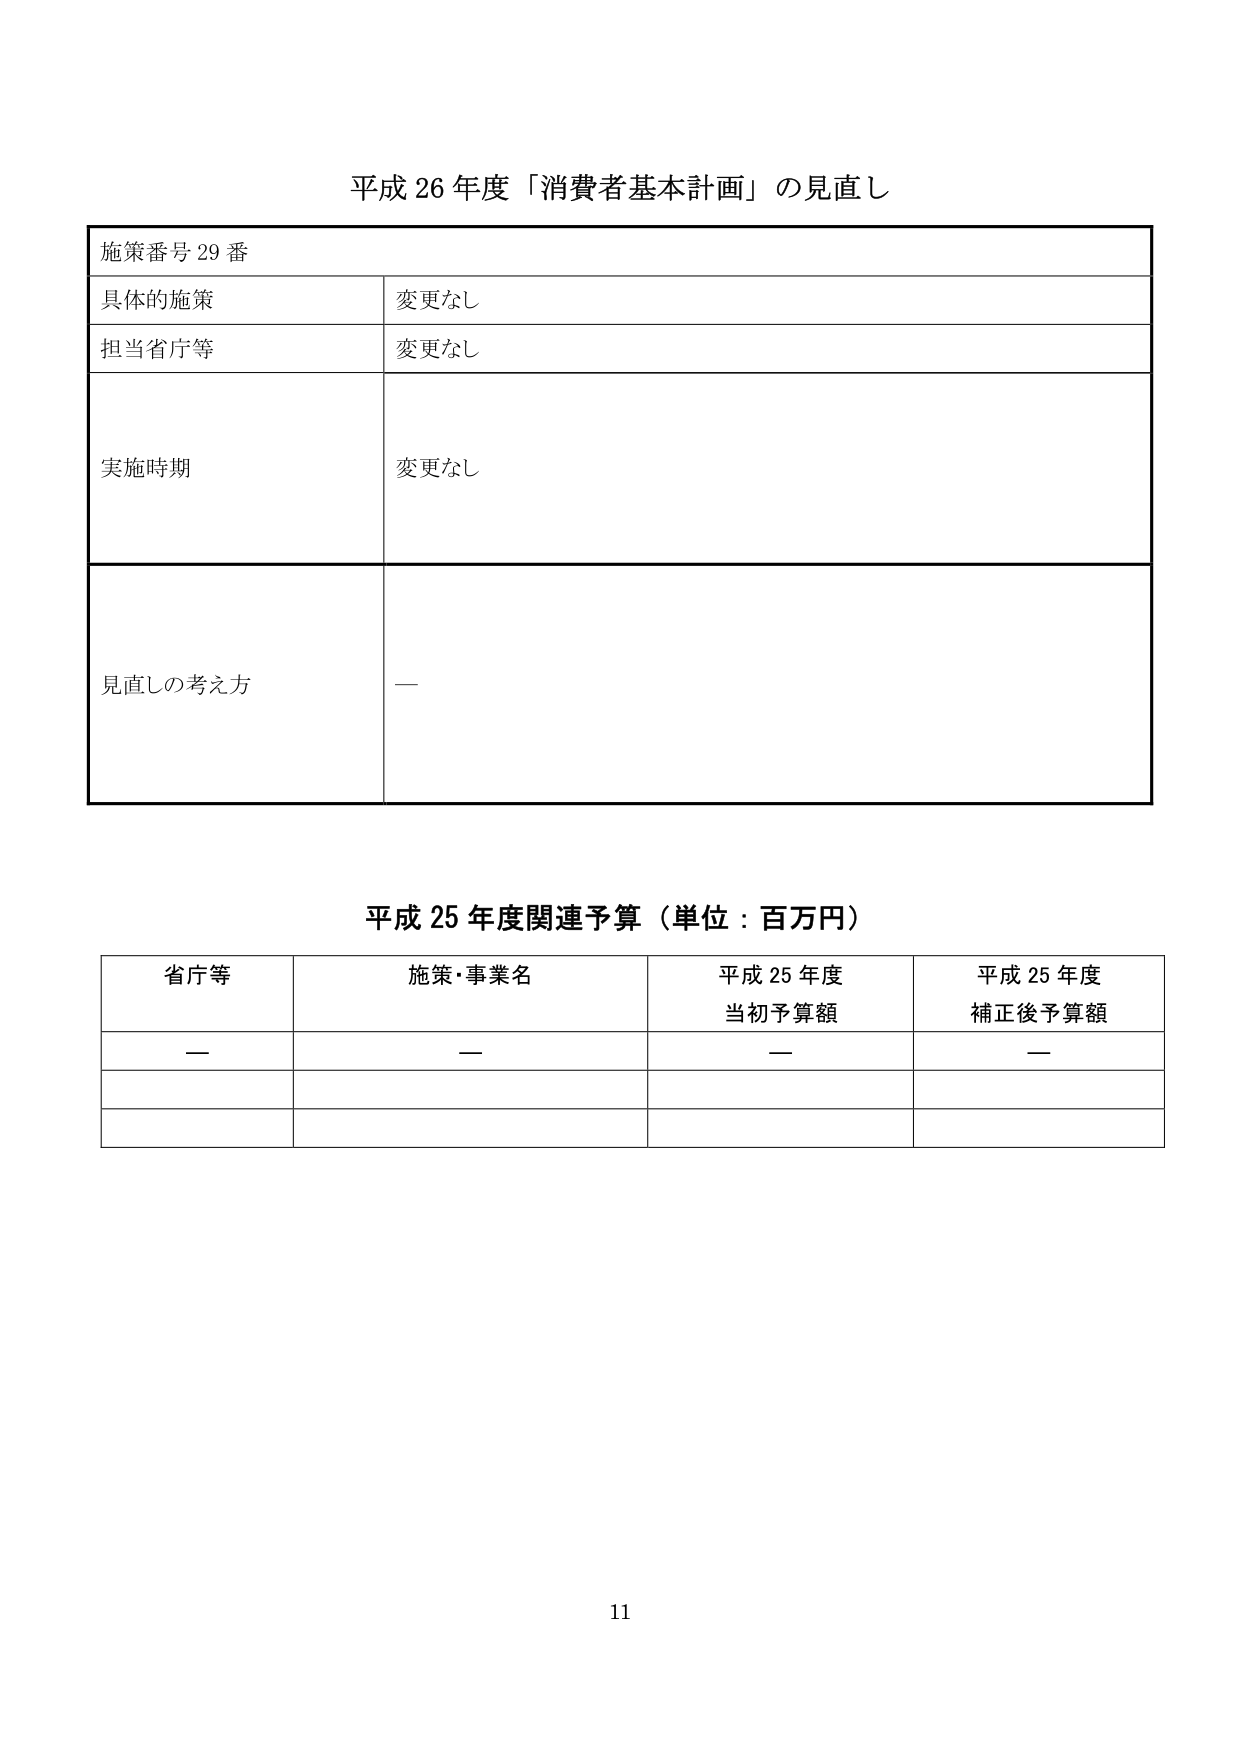
平成 26 年度「消費者基本計画」の見直し

施策番号 29 番

具体的施策　変更なし

担当省庁等　変更なし

実施時期　変更なし

見直しの考え方　—

平成 25 年度関連予算（単位：百万円）

省庁等　施策・事業名　平成 25 年度 当初予算額　平成 25 年度 補正後予算額

—　—　—　—

11